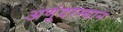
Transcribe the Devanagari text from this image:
अणूंदरम्यान